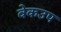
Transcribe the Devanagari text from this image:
वेकउप